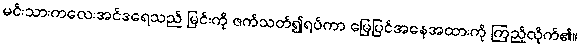
မင်းသားကလေးအင်ဒရေသည် မြင်းကို ဇက်သတ်၍ရပ်ကာ မြေပြင်အနေအထားကို ကြည့်လိုက်၏။